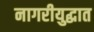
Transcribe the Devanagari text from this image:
नागरीयुद्धात